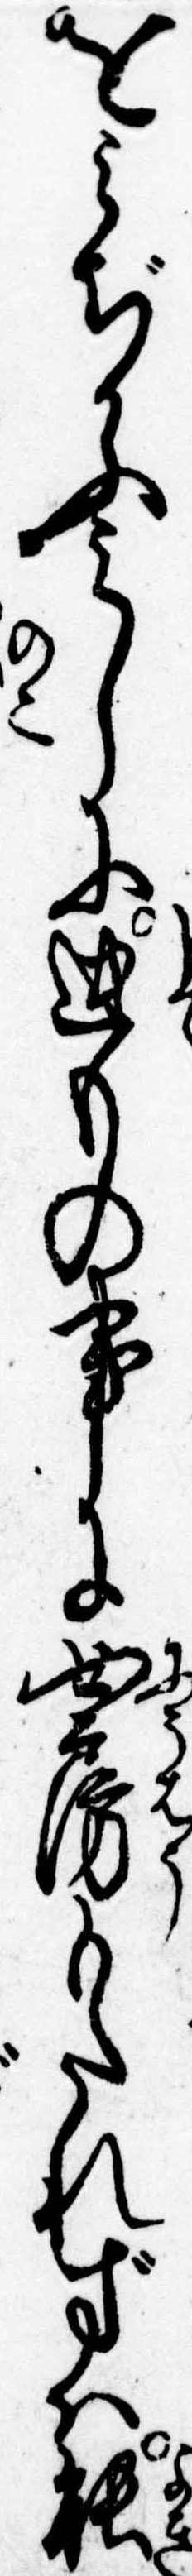
をみぢかふみしに迚もの事に女房もたれずは能